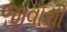
જીવોથી